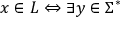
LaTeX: x \in L \Leftrightarrow \exists y \in \Sigma ^ { * }